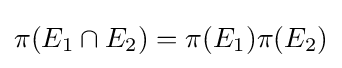
\pi (E_{1}\cap E_{2})=\pi (E_{1})\pi (E_{2})